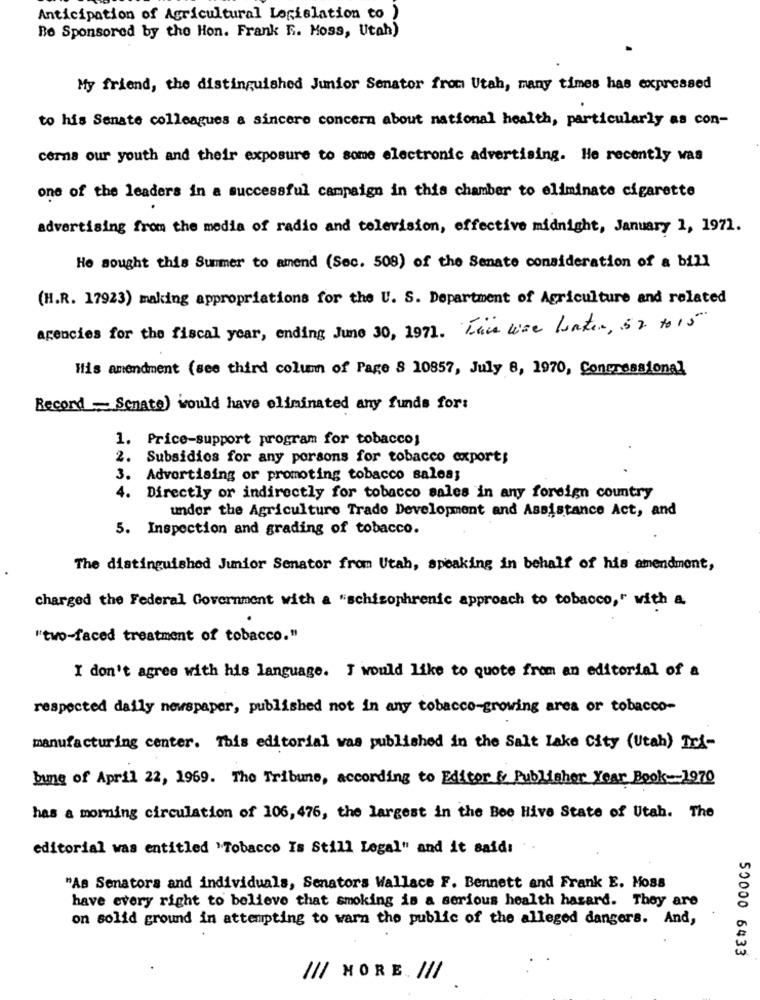
Anticipation of Agricultural Legislation to )
Be Sponsored by the Hon. Frank E. Moss, Utah)
My friend, the distinguished Junior Senator from Utah, many times has expressed
to his Senate colleagues a sincere concern about national health, particularly as con-
cerna our youth and their exposure to some electronic advertising. He recently was
one of the leaders in a successful campaign in this chamber to eliminate cigarette
advertising from the media of radio and television, effective midnight, January 1, 1971.
He sought this Summer to amend (Sec. 508) of the Senate consideration of a bill
(H.R. 17923) making appropriations for the U. S. Department of Agriculture and related
agencies for the fiscal year, ending June 30, 1971. The wise baker, 57 to 15
His amendment (see third column of Page S 10857, July 8, 1970, Congressional
Record - Senate) would have eliminated any funds for:
1. Price-support program for tobacco;
2. Subsidios for any porsons for tobacco exports
3. Advertising or promoting tobacco salea;
4. Directly or indirectly for tobacco sales in any foreign country
under the Agriculture Trado Development and Assistance Act, and
5. Inspection and grading of tobacco.
The distinguished Junior Senator from Utah, speaking in behalf of his amendment,
charged the Federal Government with a "schizophrenic approach to tobacco," with a
"two-faced treatment of tobacco."
I don't agree with his language. I would like to quote from an editorial of a
respected daily newspaper, published not in any tobacco-growing area or tobacco-
manufacturing center. This editorial was published in the Salt Lake City (Utah) Tri-
bung of April 22, 1969. The Tribune, according to Editor & Publisher Year Book-1970
has a morning circulation of 106, 476, the largest in the Bee Hive State of Utah. The
editorial was entitled "Tobacco Is Still Legal" and it said:
"As Senators and individuals, Senators Wallace F. Bennett and Frank E. Moss
have every right to believe that smoking is a serious health hasard. They are
on solid ground in attempting to warn the public of the alleged dangers. And,
50000 6433
/// MORE .. ///